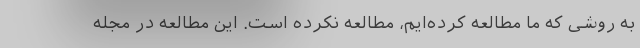
به روشی که ما مطالعه کرده‌ایم، مطالعه نکرده است. این مطالعه در مجله